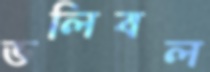
ভলিবল